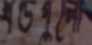
খণ্ডগুলো